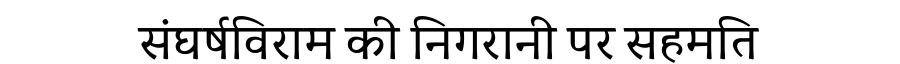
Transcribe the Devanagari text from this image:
संघर्षविराम की निगरानी पर सहमति